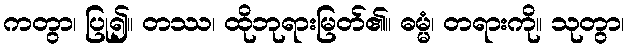
ကတွာ၊ ပြု၍။ တဿ၊ ထိုဘုရားမြတ်၏။ ဓမ္မံ၊ တရားကို။ သုတွာ၊